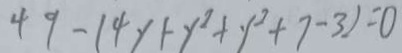
4 9 - ( 4 y + y ^ { 2 } + y ^ { 2 } + 7 - 3 ) = 0